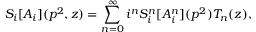
S _ { i } [ A _ { i } ] ( p ^ { 2 } , z ) = \sum _ { n = 0 } ^ { \infty } i ^ { n } S _ { i } ^ { n } [ A _ { i } ^ { n } ] ( p ^ { 2 } ) T _ { n } ( z ) ,